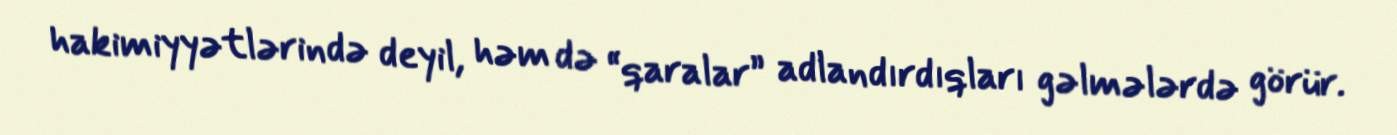
hakimiyyətlərində deyil, həm də “qaralar” adlandırdıqları gəlmələrdə görür.